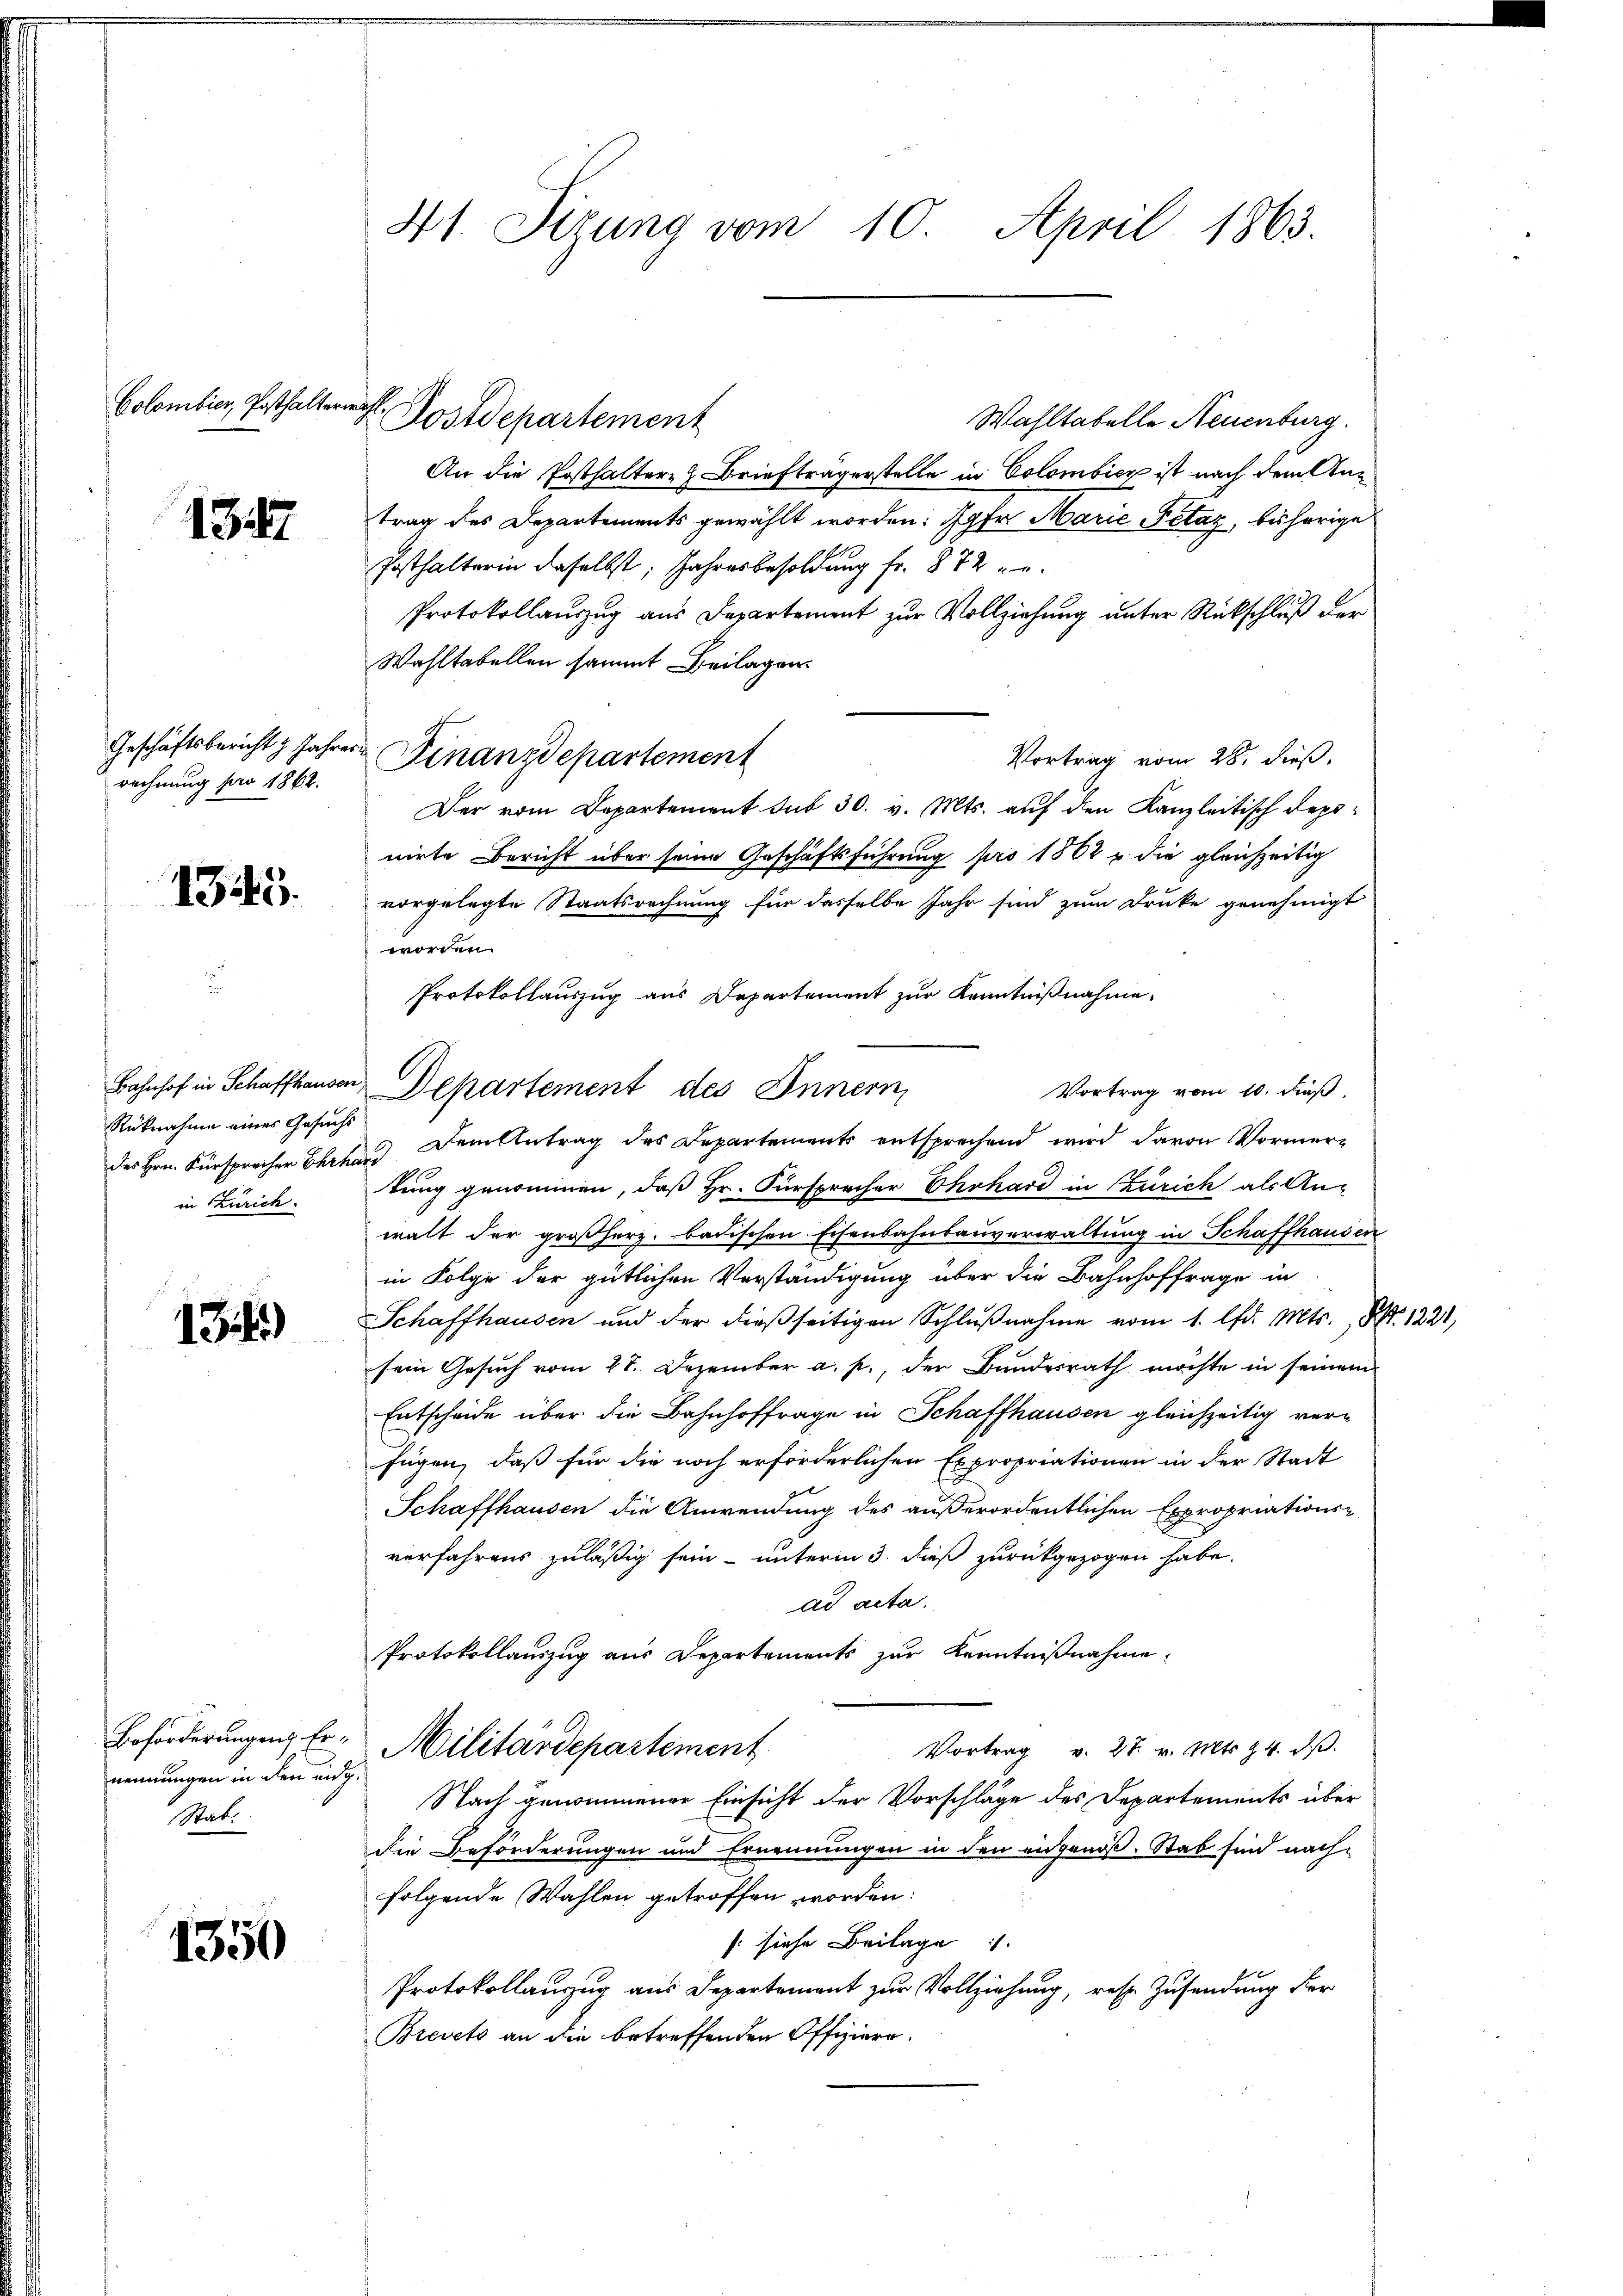
Colombicz Posthalterwahl.

1347

Geschäftsbericht z. Jahres.
rechnung pro 1862.

1345.

Bahnhof in Schaffhausen,
Rüknahme eines Gesuchs
in Zürich.

1
134)

Beförderungen Ernennungen in den eidg
Mat.

1350

41. Sizung vom 10. April 1863.

Postdepartement

Wahltabelle Neuenburg.
An die Posthalter z. Brieftragerstelle in Colombicy ist nach dem Antrag des Departements gewählt worden: Jgfr. Marie Petag, bisherige
Posthalterin daselbst, Jahresbesoldung fr. 872
Protokollauszug aus Departement zur Vollziehung unter Rückschluß der
Wahltabellen sammt Beilagen.
Finanzdepartement
Vortrag vom 28. dieß.
Der vom Departement sub 30. v. Mts. auf den Kanzleitisch deponirte Bericht über seine Geschäftsführung pro 1862 u. die gleichzeitig
vorgelegte Staatsrechnung für dasselbe Jahr sind zum Druke genehmigt
worden.
Protokollauszug aus Departement zur Kenntnißnahme.
Departement des Innern
Vortrag vom 10. dieß.
des Hrn. Fürsprocher Ehrhard Dem Antrag des Departements entsprechend wird davon Vormertung genommen, daß Hr. Fürsprecher Ehrhard in Zürich als An-
walt der großherz. badischen Eisenbahnbauverwaltung in Schaffhausen
in Folge der gütlichen Verständigung über die Bahnhoffrage in
Schaffhausen und der dieβ seitigen Schlŭβnahme vom 1. lfd. Mts., Nr. 1221,
sein Gesuch vom 28. Dezember a. p., der Bundesrath möchte in seinem
Entscheide über die Bahnhoffrage in Schaffhausen gleichzeitig verfügen, daß für die noch erforderlichen Expropriationen in der Stadt
Schaffhausen die Anwendung des außerordentlichen Expropriations-
verfahrens zuläßig sein – unterm 3. dieß zurückgezogen habe.
ad acta.
Protokollauszug aus Departements zur Kenntnißnahme¬
Militärdepartement
Vortrag v. 27. v. Mts. 24. dβ.
Nach genommener Einsicht der Vorschläge des Departements über
die Beförderungen und Ernennungen in den angenoß. Stab sind nachfolgende Wahlen getroffen worden:
(siehe Beilage
Protokollanzug aus Departement zur Vollziehung, resp. Zusendung der
Brevets an die betreffenden Offiziere.